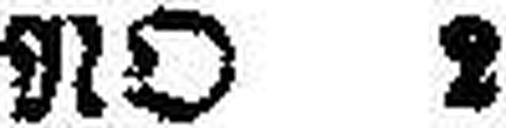
NO 2